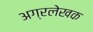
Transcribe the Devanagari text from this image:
अग्रलेखक